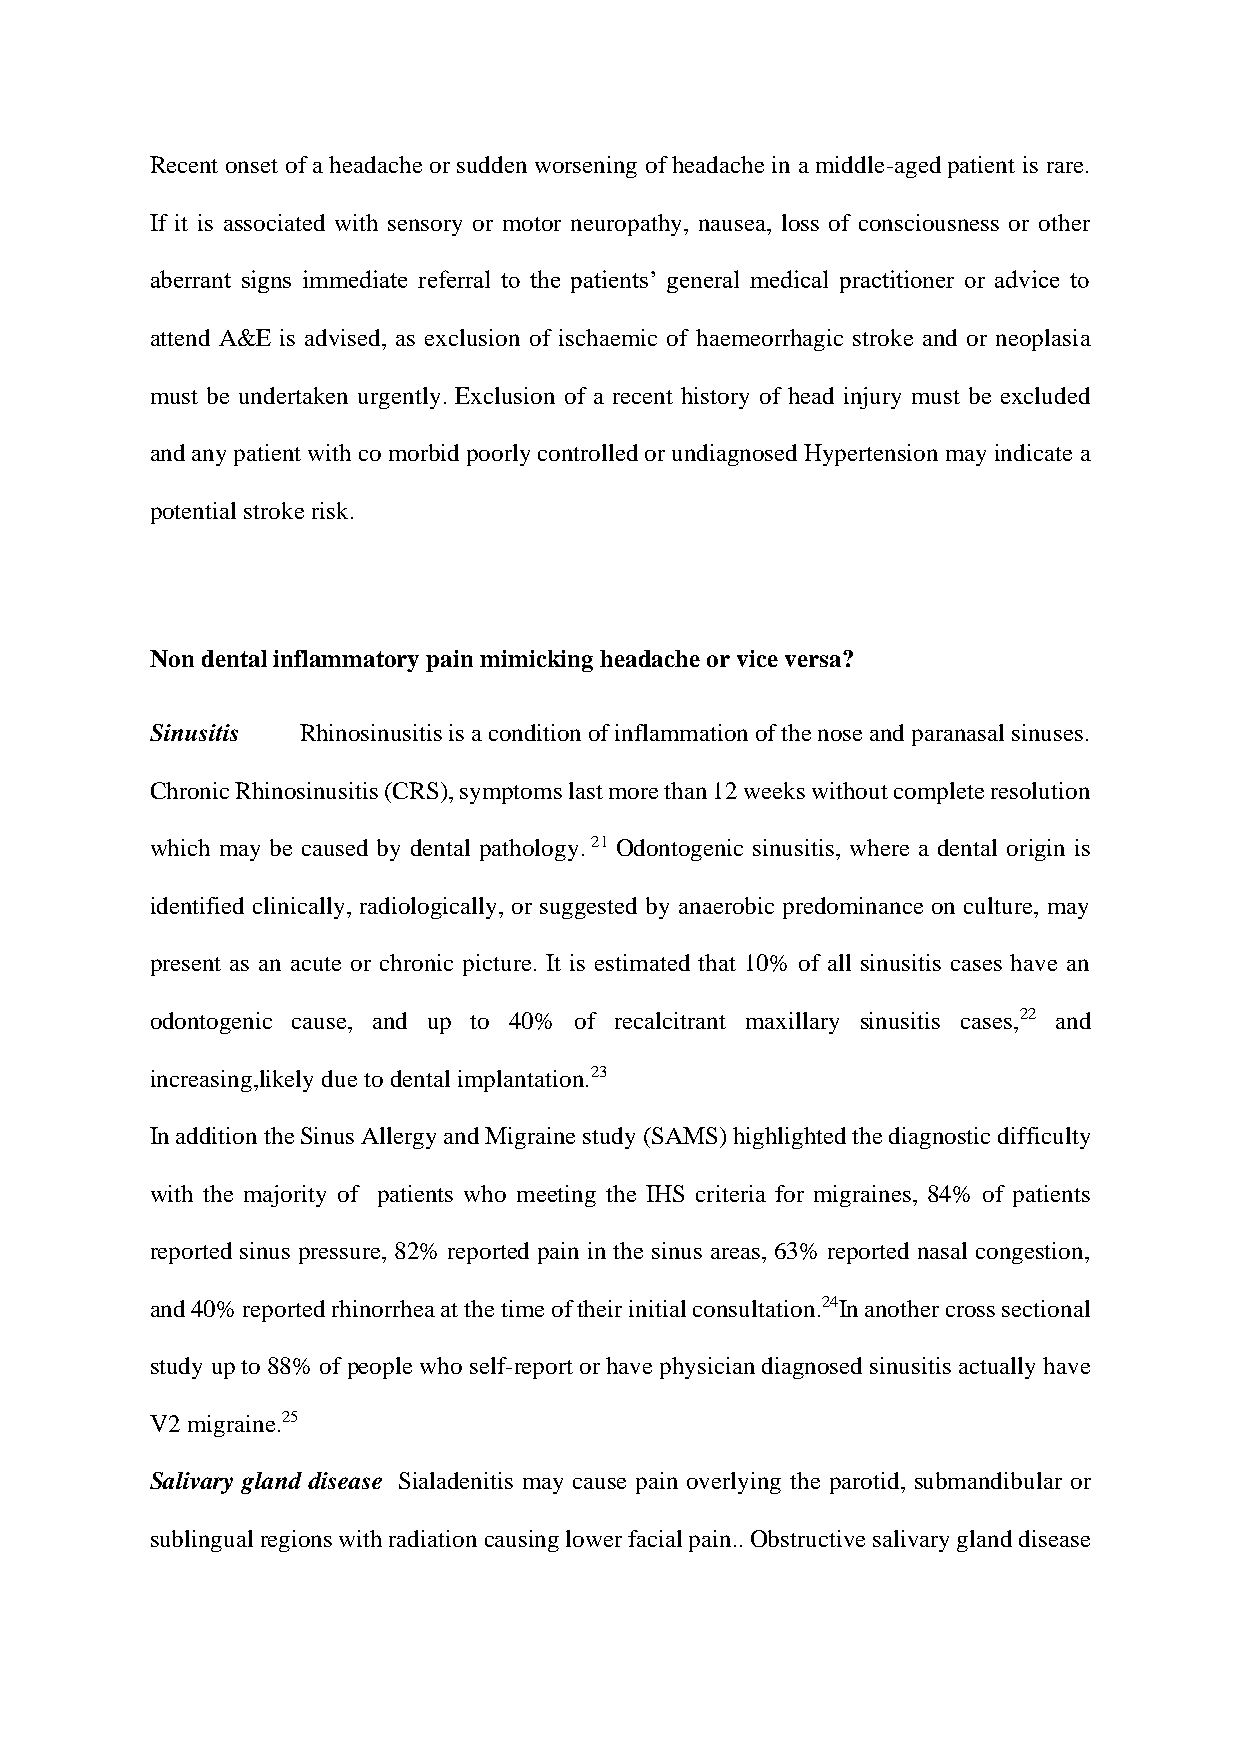
Recent onset of a headache or sudden worsening of headache in a middle-aged patient is rare.
 If it is associated with sensory or motor neuropathy, nausea, loss of consciousness or other
 aberrant signs immediate referral to the patients’ general medical practitioner or advice to
 attend A&E is advised, as exclusion of ischaemic of haemeorrhagic stroke and or neoplasia
 must be undertaken urgently. Exclusion of a recent history of head injury must be excluded
 and any patient with co morbid poorly controlled or undiagnosed Hypertension may indicate a
 potential stroke risk.
 Non dental inflammatory pain mimicking headache or vice versa?
 Sinusitis Rhinosinusitis is a condition of inflammation of the nose and paranasal sinuses.
 Chronic Rhinosinusitis (CRS), symptoms last more than 12 weeks without complete resolution
 which may be caused by dental pathology. 21 Odontogenic sinusitis, where a dental origin is
 identified clinically, radiologically, or suggested by anaerobic predominance on culture, may
 present as an acute or chronic picture. It is estimated that 10% of all sinusitis cases have an
 odontogenic cause, and up to 40% of recalcitrant maxillary sinusitis cases,22 and
 increasing,likely due to dental implantation.23
 In addition the Sinus Allergy and Migraine study (SAMS) highlighted the diagnostic difficulty
 with the majority of patients who meeting the IHS criteria for migraines, 84% of patients
 reported sinus pressure, 82% reported pain in the sinus areas, 63% reported nasal congestion,
 and 40% reported rhinorrhea at the time of their initial consultation.24In another cross sectional
 study up to 88% of people who self-report or have physician diagnosed sinusitis actually have
 V2 migraine.25
 Salivary gland disease Sialadenitis may cause pain overlying the parotid, submandibular or
 sublingual regions with radiation causing lower facial pain.. Obstructive salivary gland disease